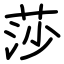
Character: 莎